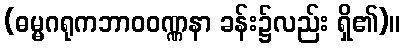
(ဓမ္မဂရုကဘာဝဝဏ္ဏနာ ခန်း၌လည်း ရှိ၏)။